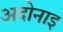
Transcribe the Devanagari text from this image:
अदोनाइ